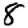
Digit: 8